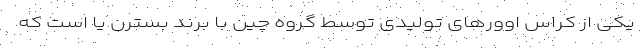
یکی از کراس اوورهای تولیدی توسط گروه چین با برند بسترن یا است که